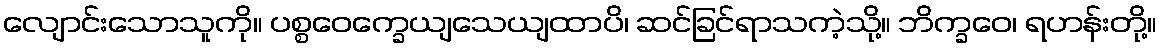
လျောင်းသောသူကို။ ပစ္စဝေက္ခေယျသေယျထာပိ၊ ဆင်ခြင်ရာသကဲ့သို့။ ဘိက္ခဝေ၊ ရဟန်းတို့။